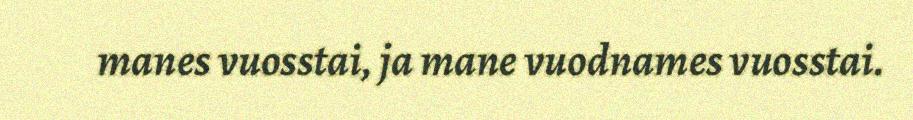
manes vuosstai, ja mane vuodnames vuosstai.